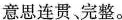
意思连贯 、完整。